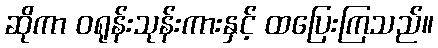
ဆိုကာ ဝရုန်းသုန်းကားနှင့် ထပြေးကြသည်။